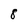
Character: 8